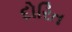
દોરિત